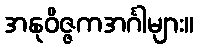
အနုဝိဇ္ဇကအင်္ဂါများ။